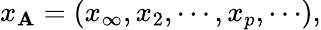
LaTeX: x_{{\mathbf A}}=(x_{\infty},x_{2},\cdots,x_{p},\cdots),